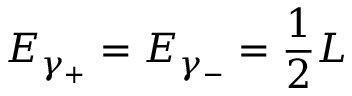
E _ { \gamma _ { + } } = E _ { \gamma _ { - } } = { \frac { 1 } { 2 } } L